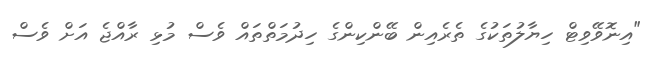
"އިނޮވޭވިޓް ހިޔާލުތަކުގެ ތެރެއިން ބޭންކިންގެ ހިދުމަތްތައް ވެސް މުޅި ރާއްޖެ އަށް ވެސް